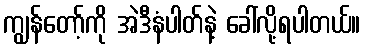
ကျွန်တော့်ကို အဲဒီနံပါတ်နဲ့ ခေါ်လို့ရပါတယ်။